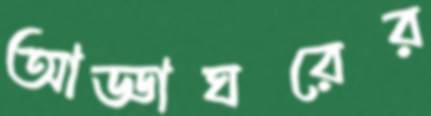
আড্ডাঘরের